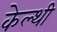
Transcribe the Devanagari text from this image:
केल्थी